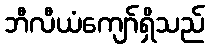
ဘီလီယံကျော်ရှိသည်